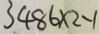
3 4 8 6 \times 2 - 1